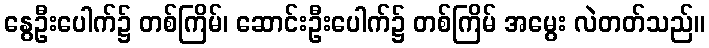
နွေဦးပေါက်၌ တစ်ကြိမ်၊ ဆောင်းဦးပေါက်၌ တစ်ကြိမ် အမွေး လဲတတ်သည်။